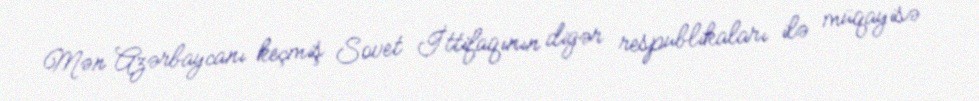
Mən Azərbaycanı keçmiş Sovet İttifaqının digər respublikaları ilə müqayisə